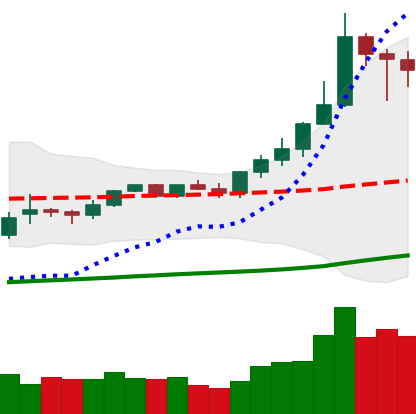
Ticker: XMR-USD
Chart end date: 2021-02-16
Forward return: 11.917%
Label: up_7plus